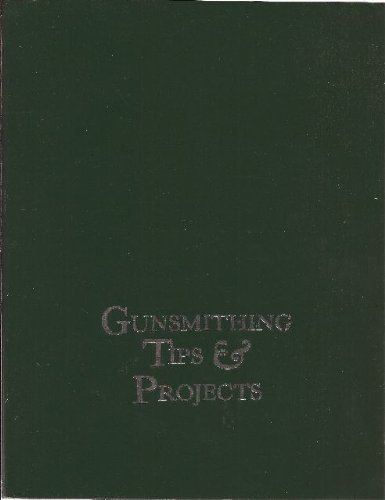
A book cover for Gunsmithing Tips and Projects; Dave Wolfe; Crafts, Hobbies & Home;